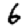
Digit: 6